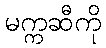
မက္ကဆီကို